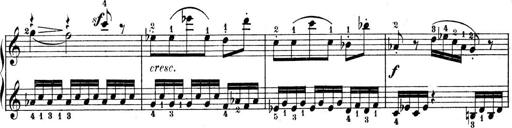
Title: 9 Sonatinen
Composer: Alexander Winterberger